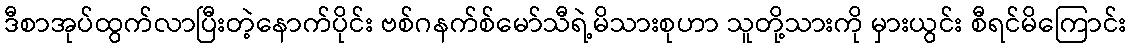
ဒီစာအုပ်ထွက်လာပြီးတဲ့နောက်ပိုင်း ဗစ်ဂနက်စ်မော်သီရဲ့မိသားစုဟာ သူတို့သားကို မှားယွင်း စီရင်မိကြောင်း